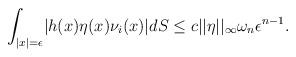
LaTeX: \begin{align*}\int_{\lvert x\lvert=\epsilon}\lvert h(x)\eta(x)\nu_i(x)\lvert dS\leq c\lvert\lvert\eta\lvert\lvert_{\infty}\omega_{n}\epsilon^{n-1}. \end{align*}